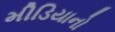
મીડિયાનો